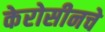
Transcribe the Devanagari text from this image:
केरोसीनचे